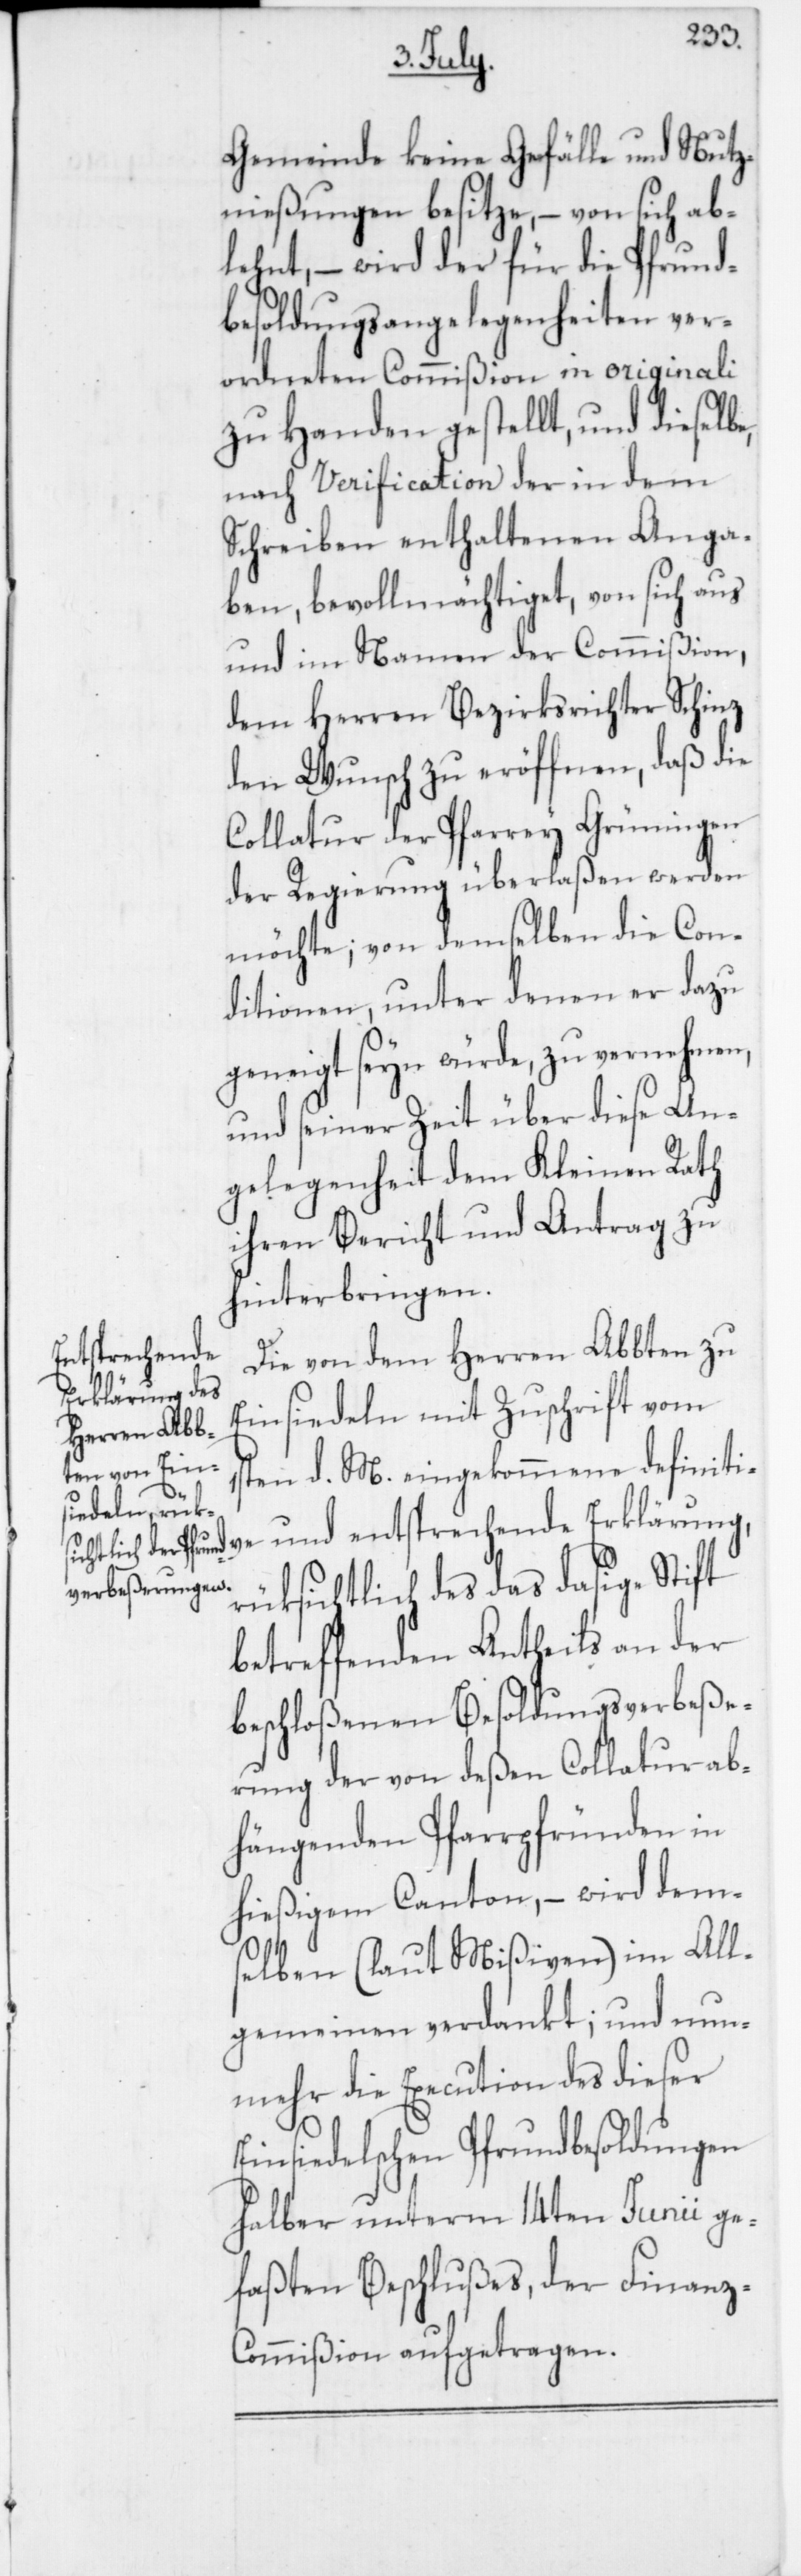
Gemeinde keine Gefälle und Nutz¬
nießungen besitze, – von sich ab¬
lehnt, wird – der für die Pfrund¬
besoldungsangelegenheiten ver¬
ordneten Commißion in originali
zu Handen gestellt, und dieselbe,
nach Verification der in dem
Schreiben enthaltenen Anga¬
ben, bevollmächtiget, von sich aus
und im Namen der Commißion,
dem Herren Bezirksrichter Schinz
den Wunsch zu eröffnen, daß die
Collatur der Pfarrey Grüningen
der Regierung überlaßen werden
möchte; von demselben die Con¬
ditionen, unter denen er dazu
geneigt seyn würde, zu vernehmen,
und seiner Zeit über diese An¬
gelegenheit dem Kleinen Rath
ihren Bericht und Antrag zu
hinterbringen.
Die von dem Herren Abbten zu
Einsiedeln mit Zuschrift vom
1sten d. M. eingekommene definiti¬
ve und entsprechende Erklärung,
rüksichtlich des das dasige Stift
betreffenden Antheils an der
beschloßenen Besoldungsverbeße¬
rung der von deßen Collatur ab¬
hängenden Pfarrpfründen in
hießigem Canton, – wird dem¬
selben (laut Mißiven) im All¬
gemeinen verdankt; und nun¬
mehr die Execution des dieser
Einsiedelschen Pfrundbesoldungen
halber unterm 14ten Junii ge¬
faßten Beschlußes, der Finanz-C¬
ommißion aufgetragen.